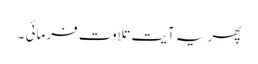
پھر یہ آیت تلاوت فرمائی ۔